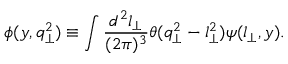
\phi ( y , q _ { \perp } ^ { 2 } ) \equiv \int { \frac { d ^ { 2 } l _ { \perp } } { ( 2 \pi ) ^ { 3 } } } \theta ( q _ { \perp } ^ { 2 } - l _ { \perp } ^ { 2 } ) \psi ( l _ { \perp } , y ) .